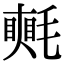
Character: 𣰋